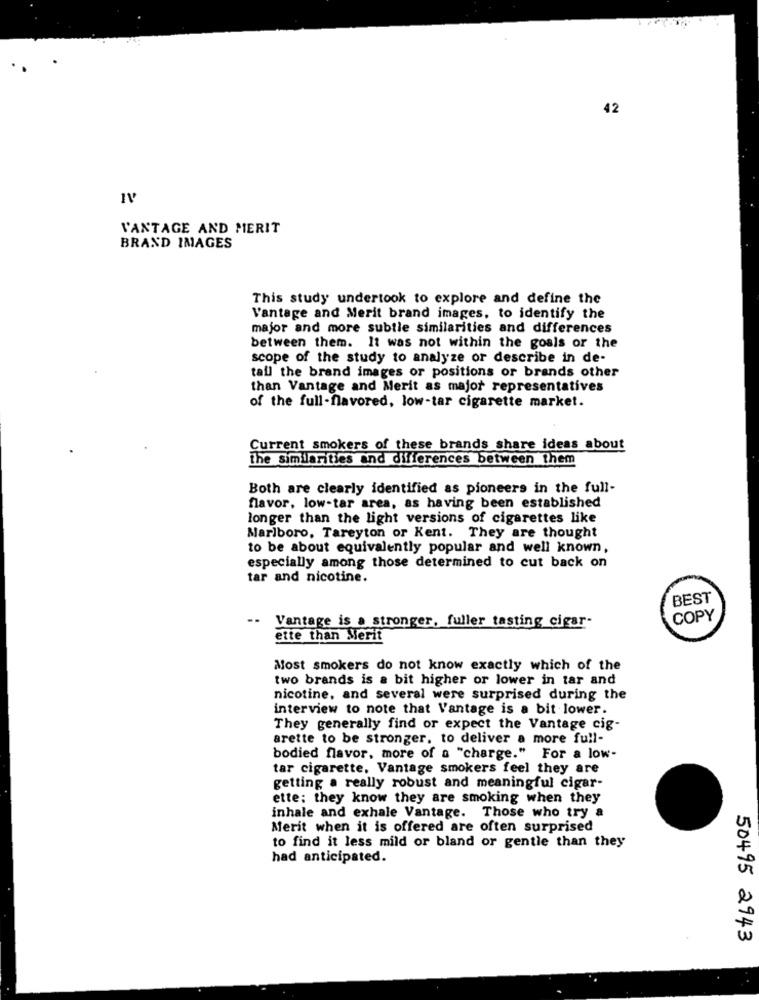
42
IV
VANTAGE AND MERIT
BRAND IMAGES
This study undertook to explore and define the
Vantage and Merit brand images, to identify the
major and more subtle similarities and differences
between them. It was not within the goals or the
scope of the study to analyze or describe in de-
tall the brand images or positions or brands other
than Vantage and Merit as major representatives
of the full-flavored, low-tar cigarette market.
Current smokers of these brands share ideas about
the similarities and differences between them
Both are clearly identified as pioneers in the full-
flavor, low-tar area, as having been established
longer than the light versions of cigarettes like
Marlboro, Tareyton or Kent. They are thought
to be about equivalently popular and well known,
especially among those determined to cut back on
tar and nicotine.
BEST
-. Vantage is a stronger, fuller tasting cigar-
COPY
ette than Merit
Most smokers do not know exactly which of the
two brands is a bit higher or lower in tar and
nicotine, and several were surprised during the
interview to note that Vantage is a bit lower.
They generally find or expect the Vantage cig-
arette to be stronger, to deliver a more full-
bodied flavor, more of a "charge." For a low-
tar cigarette, Vantage smokers feel they are
getting a really robust and meaningful cigar-
ette: they know they are smoking when they
inhale and exhale Vantage. Those who try a
Merit when it is offered are often surprised
to find it less mild or bland or gentle than they
had anticipated.
50495 2943